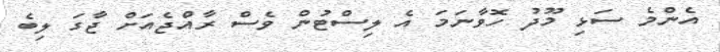
އެންމެ ސަޅި މޫދު ހޮވާނަމަ އެ ލިސްޓުން ވެސް ރާއްޖެއަށް ޖާގަ ލިބެ